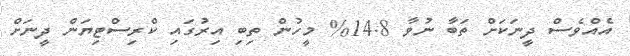
އެއްވެސް ދީނަކަށް ތަބާ ނުވާ 14.8% މީހުން ތިބި އިރުގައި ކްރިސްޓިޔަން ދީނަށް